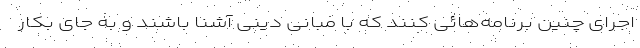
اجرای چنین برنامه‌هائی کنند که با مبانی دینی آشنا باشند و به جای بکار